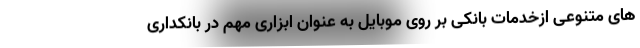
های متنوعی ازخدمات بانکی بر روی موبایل به عنوان ابزاری مهم در بانکداری